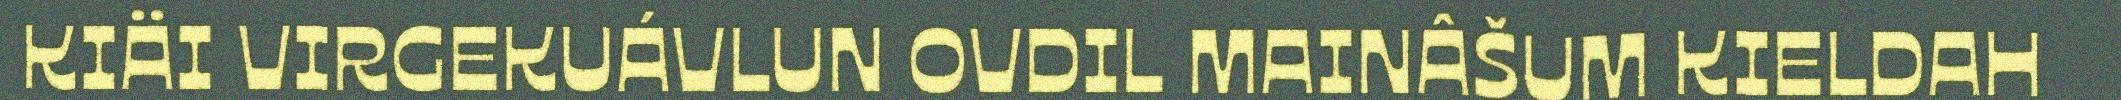
KIÄI VIRGEKUÁVLUN OVDIL MAINÂŠUM KIELDAH